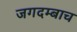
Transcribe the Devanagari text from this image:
जगदम्बाच